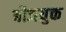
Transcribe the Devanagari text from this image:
बीजयुक्त